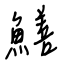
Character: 鱔